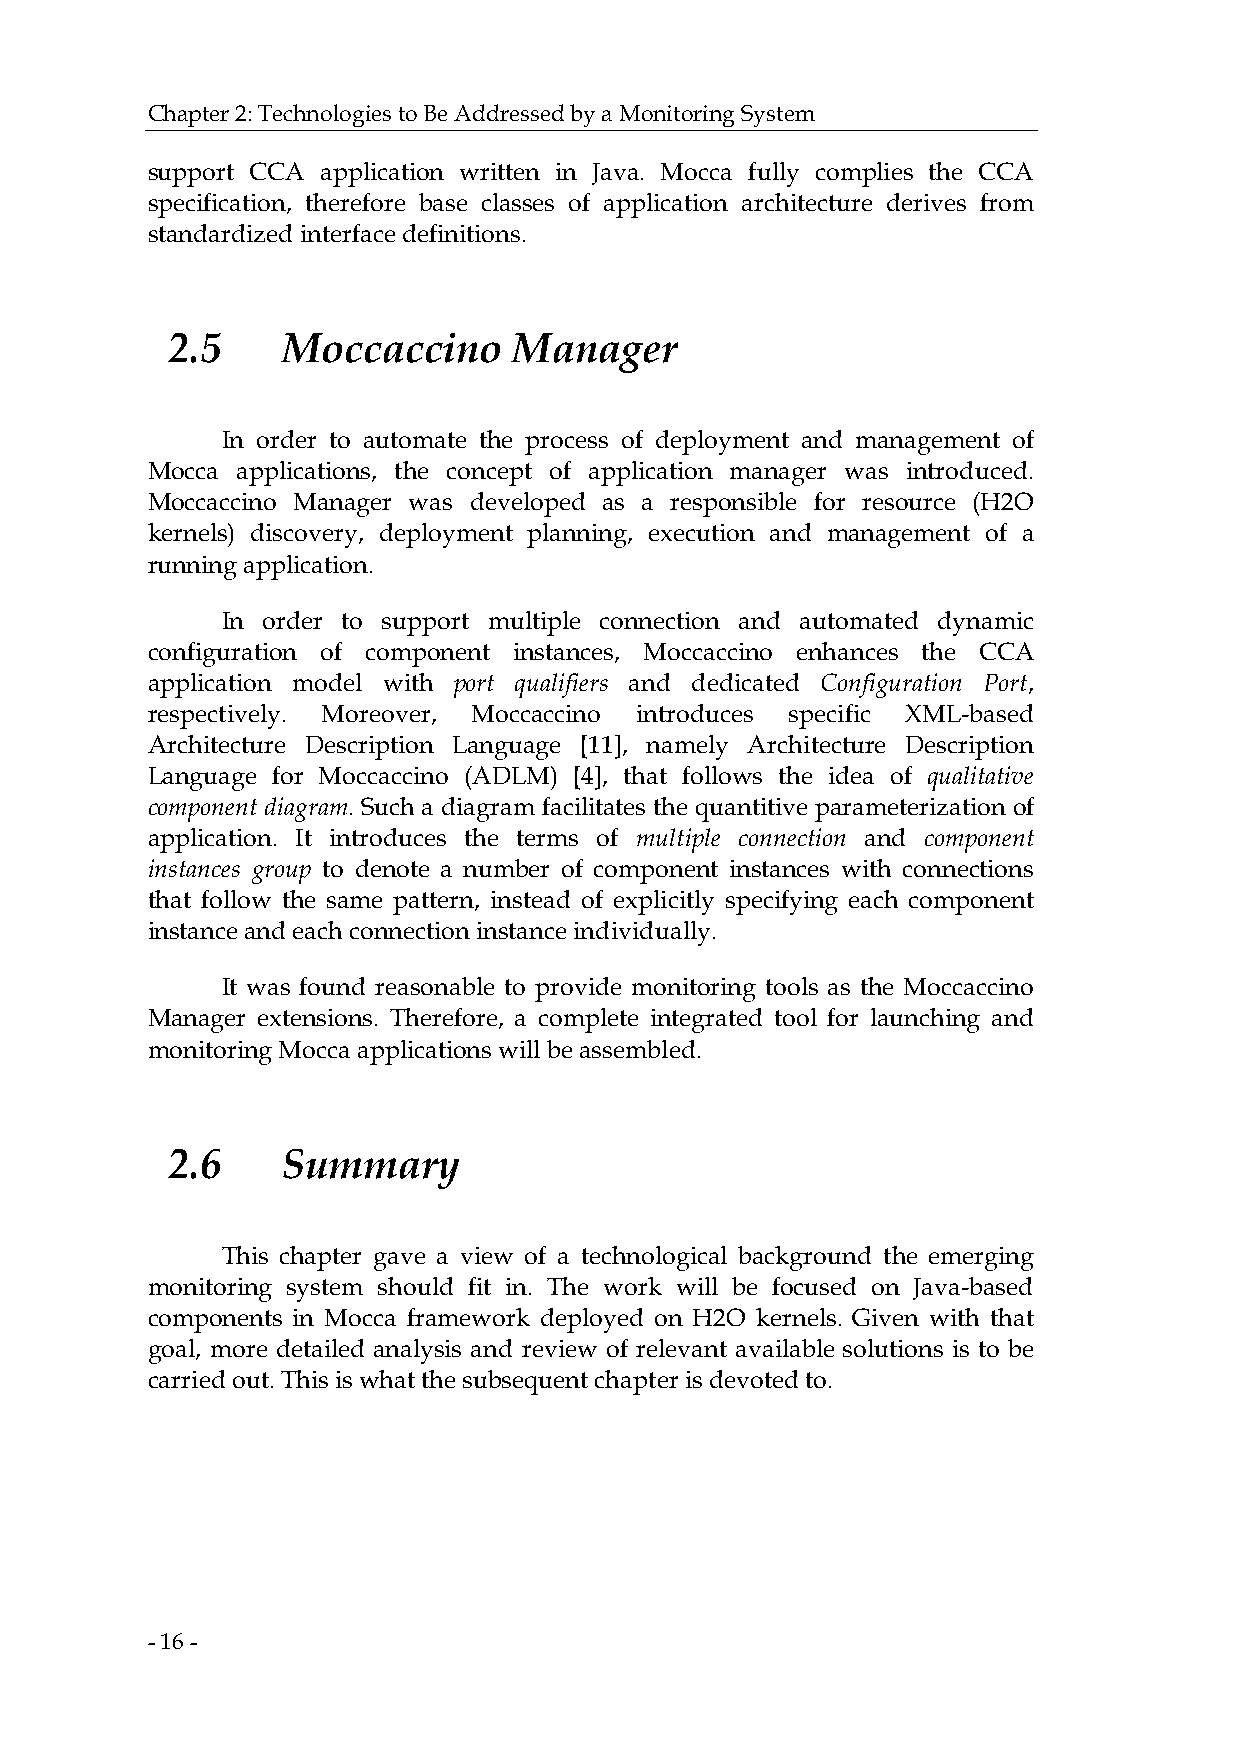
Chapter 2: Technologies to Be Addressed by a Monitoring System
 support CCA application written in Java. Mocca fully complies the CCA
 specification, therefore base classes of application architecture derives from
 standardized interface definitions.
 2.5     Moccaccino     Manager
 In order to automate the process of deployment and management of
 Mocca applications, the concept of application manager was introduced.
 Moccaccino Manager was developed as a responsible for resource (H2O
 kernels) discovery, deployment planning, execution and management of a
 running application.
 In order to support multiple connection and automated dynamic
 configuration of component instances, Moccaccino enhances the CCA
 application model with port qualifiers and dedicated Configuration Port,
 respectively. Moreover, Moccaccino introduces specific XML-based
 Architecture Description Language [11], namely Architecture Description
 Language for Moccaccino (ADLM) [4], that follows the idea of qualitative
 component diagram. Such a diagram facilitates the quantitive parameterization of
 application. It introduces the terms of multiple connection and component
 instances group to denote a number of component instances with connections
 that follow the same pattern, instead of explicitly specifying each component
 instance and each connection instance individually.
 It was found reasonable to provide monitoring tools as the Moccaccino
 Manager extensions. Therefore, a complete integrated tool for launching and
 monitoring Mocca applications will be assembled.
 2.6     Summary
 This chapter gave a view of a technological background the emerging
 monitoring system should fit in. The work will be focused on Java-based
 components in Mocca framework deployed on H2O kernels. Given with that
 goal, more detailed analysis and review of relevant available solutions is to be
 carried out. This is what the subsequent chapter is devoted to.
 - 16 -